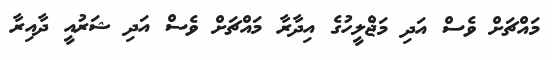
މައްޗަށް ވެސް އަދި މަޖްލީހުގެ އިދާރާ މައްޗަށް ވެސް އަދި ޝަރުއީ ދާއިރާ